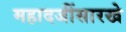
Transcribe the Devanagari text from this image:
महादजींसारखे